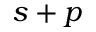
s + p